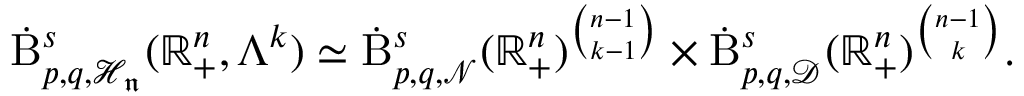
\begin{array} { r } { \dot { \mathrm { B } } _ { p , q , \mathcal { H } _ { \mathfrak { n } } } ^ { s } ( \mathbb { R } _ { + } ^ { n } , \Lambda ^ { k } ) \simeq \dot { \mathrm { B } } _ { p , q , \mathcal { N } } ^ { s } ( \mathbb { R } _ { + } ^ { n } ) ^ { \binom { n - 1 } { k - 1 } } \times \dot { \mathrm { B } } _ { p , q , \mathcal { D } } ^ { s } ( \mathbb { R } _ { + } ^ { n } ) ^ { \binom { n - 1 } { k } } \mathrm { . ~ } } \end{array}